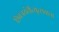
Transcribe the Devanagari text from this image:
शिवजयंतीत्युत्सवाचा